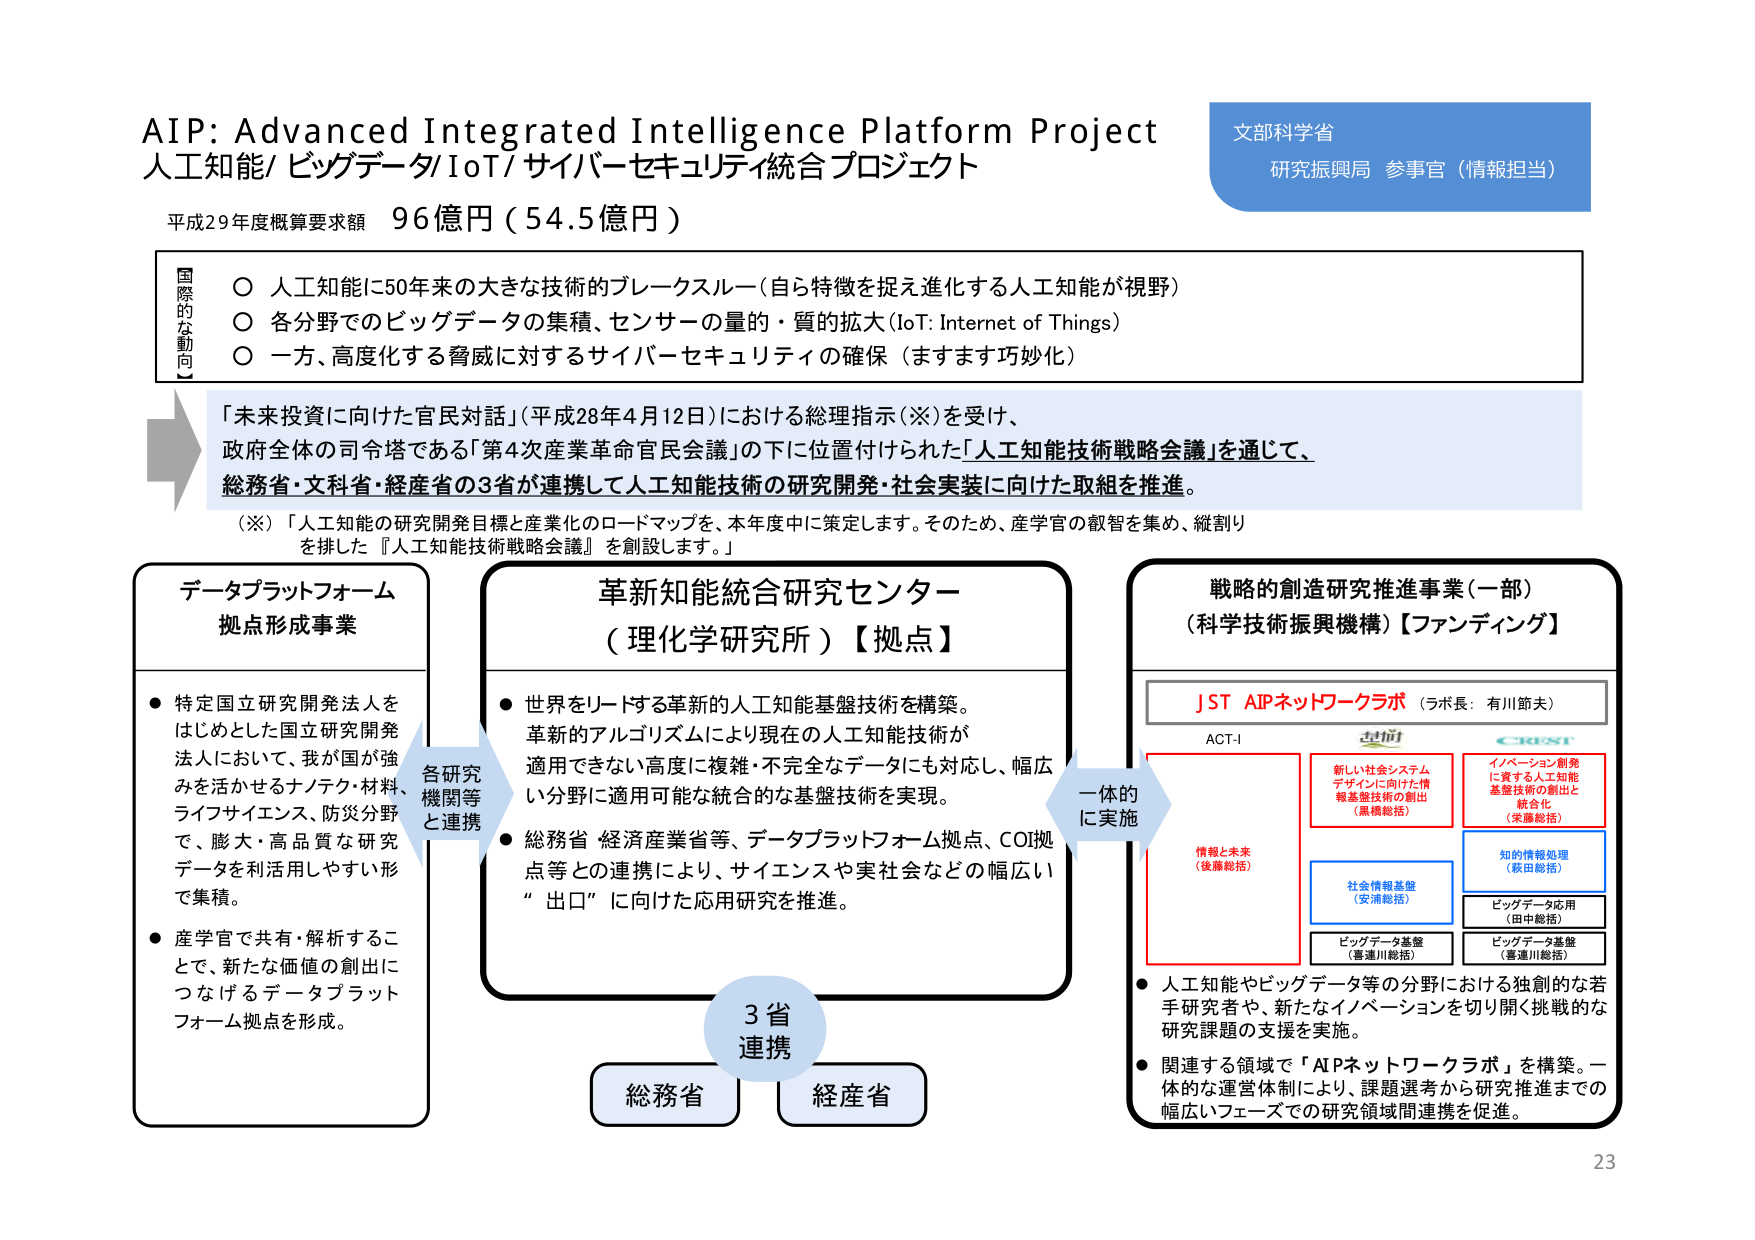
AIP: Advanced Integrated Intelligence Platform Project
人工知能/ビッグデータ/IoT/サイバーセキュリティ統合プロジェクト

平成29年度概算要求額 96億円（54.5億円）

【国際的な動向】
○ 人工知能に50年来の大きな技術のブレークスルー（自ら特徴を捉え進化する人工知能が視野）
○ 各分野でのビッグデータの集積、センサーの量的・質的拡大（IoT: Internet of Things）
○ 一方、高度化する脅威に対するサイバーセキュリティの確保（ますます巧妙化）

「未来投資に向けた官民対話」（平成28年4月12日）における総理指示（※）を受け、
政府全体の司令塔である「第4次産業革命官民会議」の下に位置付けられた「人工知能技術戦略会議」を通じて、
総務省・文科省・経産省の3省が連携して人工知能技術の研究開発・社会実装に向けた取組を推進。

（※）「人工知能の研究開発目標と産業化のロードマップを、本年度中に策定します。そのため、産学官の叡智を集め、縦割りを排した『人工知能技術戦略会議』を創設します。」

【データプラットフォーム拠点形成事業】
● 特定国立研究開発法人をはじめとした国立研究開発法人において、我が国が強みを活かせるナノテク・材料、ライフサイエンス、防災分野で、膨大・高品質な研究データを利活用しやすい形で集積。
● 産学官で共有・解析することで、新たな価値の創出につなげるデータプラットフォーム拠点を形成。

【革新知能統合研究センター（理化学研究所）【拠点】】
● 世界をリードする革新的な人工知能基盤技術を構築。
　革新的アルゴリズムにより現在の人工知能技術が適用できない高度に複雑・不完全なデータにも対応し、幅広い分野に適用可能な統合的な基盤技術を実現。
● 総務省・経済産業省等、データプラットフォーム拠点、COI拠点等との連携により、サイエンスや実社会などの幅広い“出口”に向けた応用研究を推進。

【戦略的創造研究推進事業（一部）（科学技術振興機構）【ファンディング】】
JST AIPネットワークラボ（ラボ長：有川節夫）

ACT-I
情報と未来（後藤総括）
新しい社会システムデザインに向けた情報基盤技術の創出（黒橋総括）
イノベーション創発に資する人工知能基盤技術の創出と統合化（栄藤総括）
知的情報処理（萩田総括）
社会情報基盤（安浦総括）
ビッグデータ応用（田中総括）
ビッグデータ基盤（喜連川総括）
ビッグデータ基盤（喜連川総括）

● 人工知能やビッグデータ等の分野における独創的な若手研究者や、新たなイノベーションを切り開く挑戦的な研究課題の支援を実施。
● 関連する領域で「AIPネットワークラボ」を構築。一体的な運営体制により、課題選考から研究推進までの幅広いフェーズでの研究領域間連携を促進。

各研究機関等と連携
一体的に実施
3省連携
総務省 経産省

文部科学省
研究振興局 参事官（情報担当）

23